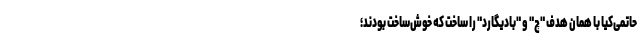
حاتمی‌کیا با همان هدف "چ" و "بادیگارد" را ساخت که خوش‌ساخت بودند؛